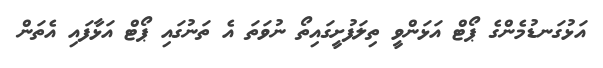
އަޅުގަނޑުމެންގެ ޕޯޓް އަޅަންވީ ތިލަފުށީގައިތޯ ނުވަތަ އެ ތަނުގައި ޕޯޓް އަޅާފައި އެތަން